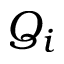
Q _ { i }